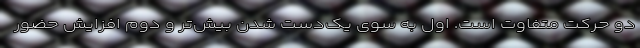
دو حرکت متفاوت است. اول به سوی یک‌دست شدن بیش‌تر و دوم افزایش حضور